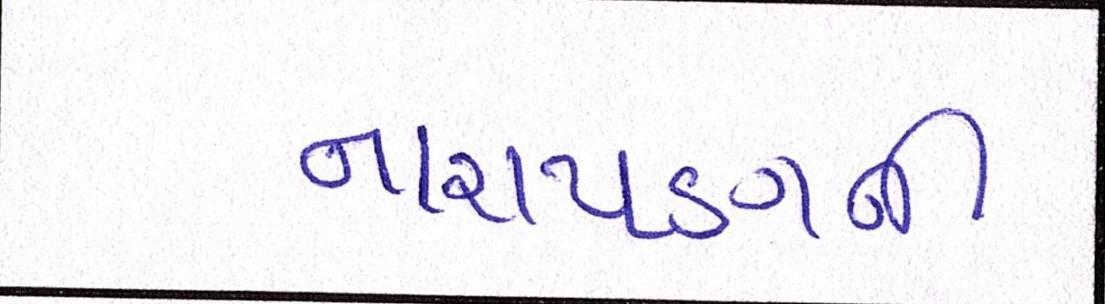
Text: નારાયણની